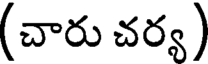
(చారు చర్య)